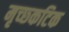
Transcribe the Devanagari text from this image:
मृच्छ्कटिक